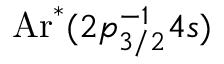
\mathrm { A r } ^ { * } ( 2 { p } _ { 3 / 2 } ^ { \ensuremath { - } 1 } 4 s )